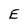
Character: E